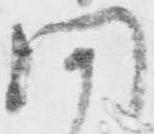
聞